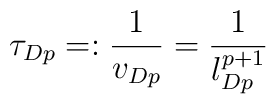
\tau_{Dp}=:\frac{1}{v_{Dp}}= \frac{1}{l_{Dp}^{p+1}}